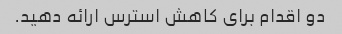
دو اقدام برای کاهش استرس ارائه دهید.